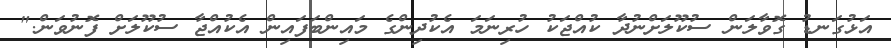
އަޅުގަނޑު ގޮވާލަން ސުކޫލަށްނުދާ ކުއްޖަކު ހުރިނަމަ އެކުދިންގެ މައިންބަފައިން އެކުއްޖާ ސުކޫލަށް ފޮނުވަން."